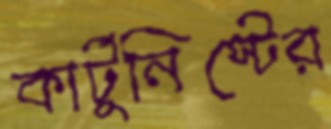
কার্টুনিস্টের